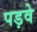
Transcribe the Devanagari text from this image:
पड़वे